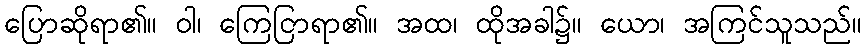
ပြောဆိုရာ၏။ ဝါ၊ ကြေငြာရာ၏။ အထ၊ ထိုအခါ၌။ ယော၊ အကြင်သူသည်။